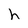
Character: h